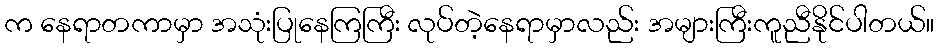
က နေရာတကာမှာ အသုံးပြုနေကြကြီး လုပ်တဲ့နေရာမှာလည်း အများကြီးကူညီနိုင်ပါတယ်။